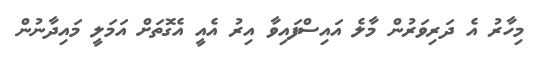
މިހާރު އެ ދަރިވަރުން މާލެ އައިސްފައިވާ އިރު އެއީ އެގޮތަށް އަމަލީ މައިދާނުން